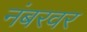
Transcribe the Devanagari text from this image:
नंबरवर